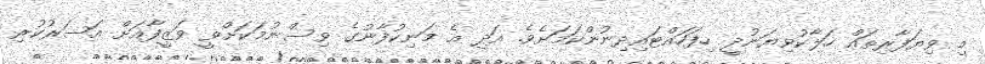
މި ވިޔަފާރިތައް ހަލާކުވިޔަނުދީ ހިފަހައްޓައިދިނުންކަމަށެވެ. އަދި އެ މަނިކުފާނުގެ ވިސްނުމަކަށްވީ ވަޒީފާއަށް އަސަރުކުރި